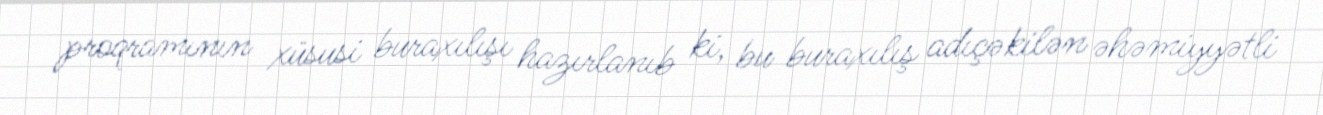
proqramının xüsusi buraxılışı hazırlanıb ki, bu buraxılış adıçəkilən əhəmiyyətli